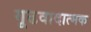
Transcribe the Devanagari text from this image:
गूढवादात्मक